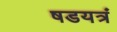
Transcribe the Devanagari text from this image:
षडयत्रं